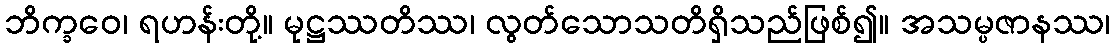
ဘိက္ခဝေ၊ ရဟန်းတို့။ မုဋ္ဌဿတိဿ၊ လွတ်သောသတိရှိသည်ဖြစ်၍။ အသမ္ပဇာနဿ၊